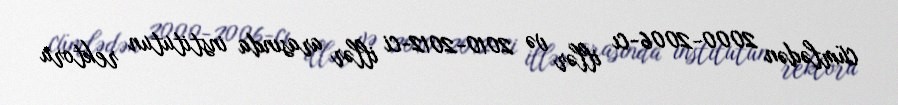
cümlədən 2000-2006-cı illər və 2010-2012-ci illər arasında institutun rektoru